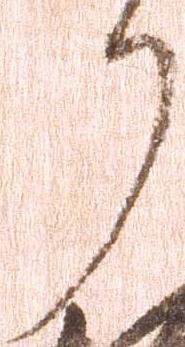
了